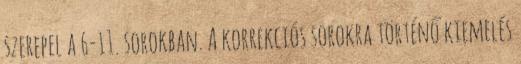
szerepel a 6-11. sorokban. A korrekciós sorokra történő kiemelés